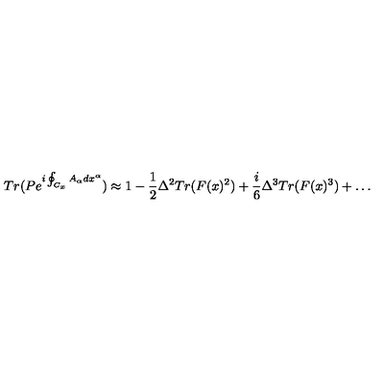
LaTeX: T r ( P e ^ { i \oint _ { C _ { x } } A _ { \alpha } d x ^ { \alpha } } ) \approx 1 - { \frac { 1 } { 2 } } \Delta ^ { 2 } T r ( F ( x ) ^ { 2 } ) + { \frac { i } { 6 } } \Delta ^ { 3 } T r ( F ( x ) ^ { 3 } ) + \dots